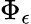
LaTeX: \Phi_{\epsilon}